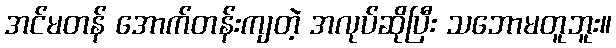
အင်မတန် အောက်တန်းကျတဲ့ အလုပ်ဆိုပြီး သဘောမတူဘူး။